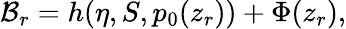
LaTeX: {\cal B}_{r}=h(\eta,S,p_{0}(z_{r}))+\Phi(z_{r}),